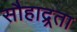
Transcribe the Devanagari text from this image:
सौहाद्र्रता